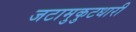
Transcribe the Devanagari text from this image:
जटामुकुटधारी